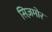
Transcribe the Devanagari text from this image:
सिज़मोर